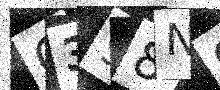
Text: G398N9